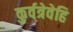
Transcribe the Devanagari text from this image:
कुर्वत्रेवेहि